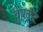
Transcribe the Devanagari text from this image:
पृष्ठकंट